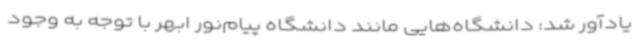
یادآور شد: دانشگاه‌هایی مانند دانشگاه پیام‌نور ابهر با توجه به وجود